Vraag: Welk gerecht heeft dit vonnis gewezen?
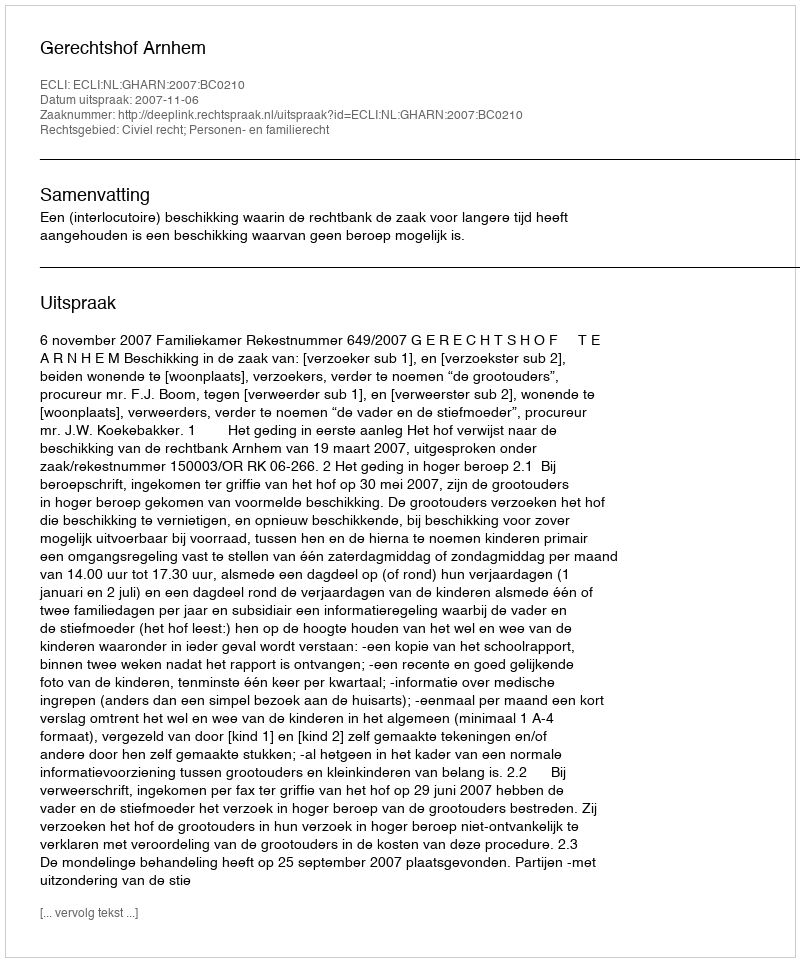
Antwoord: Gerechtshof Arnhem